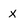
Character: x